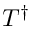
T ^ { \dagger }